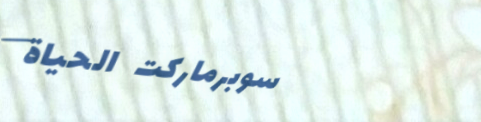
سوبرماركت الحياة